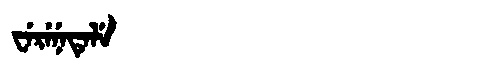
Manchu: ᠸᡝᡵᡝᠨᡝᡨᡝᠯᡝ
Romanization: WERENETELE